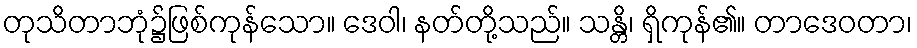
တုသိတာဘုံ၌ဖြစ်ကုန်သော။ ဒေဝါ၊ နတ်တို့သည်။ သန္တိ၊ ရှိကုန်၏။ တာဒေဝတာ၊